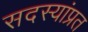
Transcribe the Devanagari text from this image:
सदस्यांप्रत